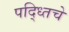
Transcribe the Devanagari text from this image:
पद्ध्तिचे